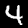
Digit: 4